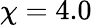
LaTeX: \chi=4.0